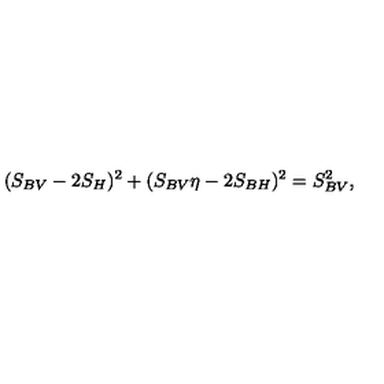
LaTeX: ( S _ { B V } - 2 S _ { H } ) ^ { 2 } + ( S _ { B V } \eta - 2 S _ { B H } ) ^ { 2 } = S _ { B V } ^ { 2 } ,